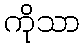
ကိုသာ